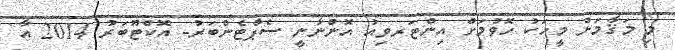
މި މަޤާމަށް މީހަކު ހޮވުމަށް އިންޓަރވިއު އޮންނާނީ ސެޕްޓެންބަރު- އޮކްޓޫބަރު 2014 އާ